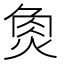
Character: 𤉯